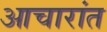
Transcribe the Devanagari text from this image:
आचारांत